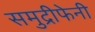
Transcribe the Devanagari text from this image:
समुद्रीफेनी